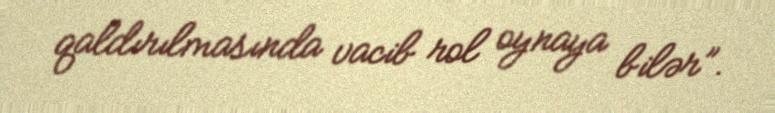
qaldırılmasında vacib rol oynaya bilər”.